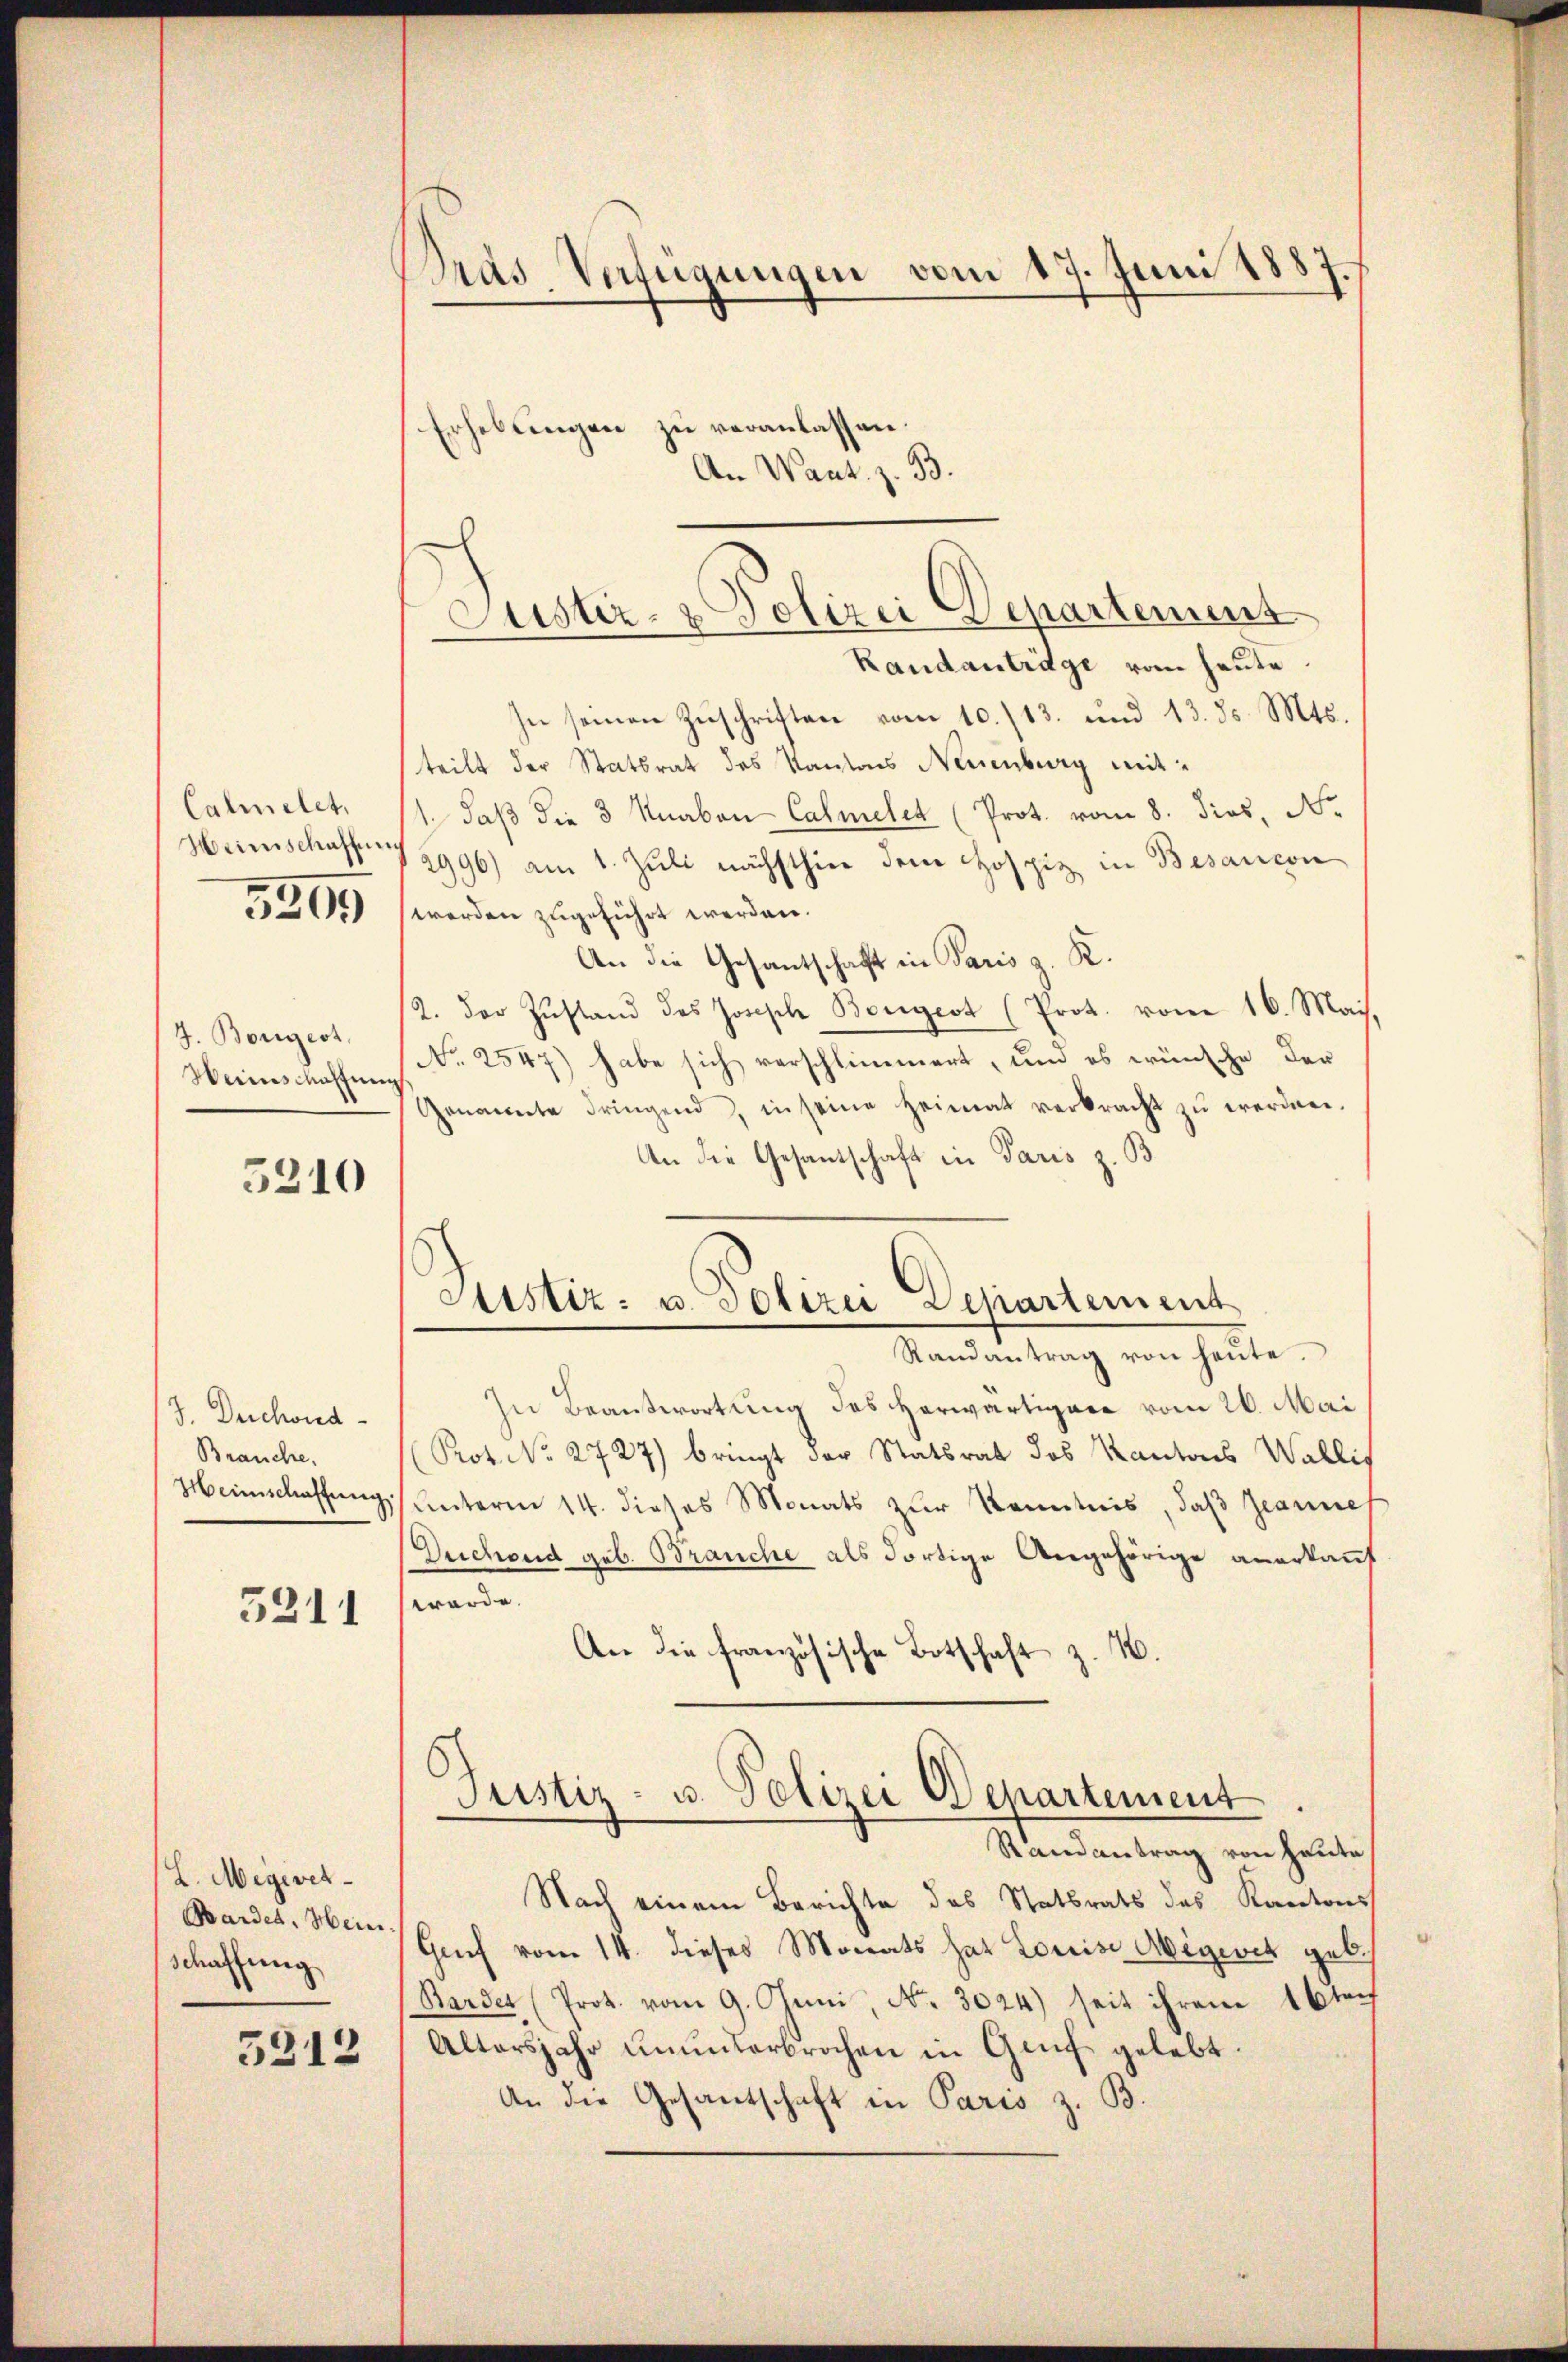
Calmelet,
Weinschaffung

5305

J. Borgest
Weinschaffen

3210

J. Duchond
Brauche,
Heimschaffening

5311

L. Megevet¬
Bardes, Mein
schaffung

5312

Pras. Verfügungen vom 17. Juni 1887.

Stistiz- & Polizei Departemens

Erhebungen zu veranlassen.
An Want. z. B.

Astiz- u. Polizei Departement

Randanträge vom heute.
In seinen Zuschriften vom 10./13. und 13. ds. Mts.
teilt der Statsrat des Kantons Neuenburg mit¬
1. daß die 3 Knaben Calmelet (Prot. vom 8. dies, N.
2996) am 1. Jŭli nächsthier dem Hospiz in Besarcon
werden zugeführt werden.
An die Gesantschaft in Paris z. R.
2. Der Zŭstand des Josische Bongest (Prot. vom 16. Mai,
No. 2547) habe sich verschlimmert, und es wünsche der
Genannte dringend, in seine Heimat verkracht zŭ werden.
An die Gesantschaft in Paris z. B.
Randantrag von heŭte.
In Beantwortung des Herwärtigere vom 26. Mai
Prot. No. 2727) bringt der Statsrat des Kantons Wallis
Unterm 14. dieses Monats zur Kenntnis, daß Jeannes
Duchoud geb. Branche als dortige Angehörige anerkauf
werde.
An die französische Botschaft z. B.
6
Justiz- u. Polizei Departement
Randantrag von heute
Nach einem Berichte des Statsrats des Kantons
Gruf vom 14. dieses Monats hat Louise Wegevet geb.
Barder (Prot. vom 9. Juni, No. 3024) seit ihrem 16 tech
Altersjahr ŭnŭnterbrochen in Genf gelebt.
An die Gesantschaft in Paris z. B.